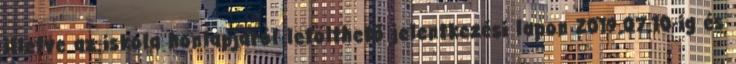
illetve az iskola honlapjáról letölthető jelentkezési lapon 2019.07.10-ig és